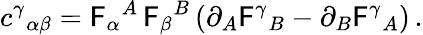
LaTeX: c^{\gamma}{}_{\alpha\beta}=\mathsf{F}_{\alpha}{}^{A}\, \mathsf{F}_{\beta}{}^{B}\left(\partial_{A}\mathsf{F}^{\gamma}{}_{B}-\partial_{B}\mathsf{F}^{\gamma}{}_{A}\right)\, .